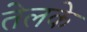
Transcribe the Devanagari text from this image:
तेलके